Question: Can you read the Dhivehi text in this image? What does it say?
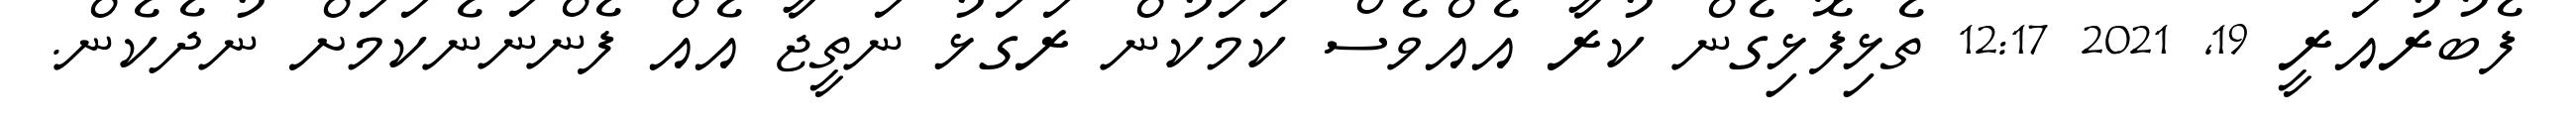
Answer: ފެބުރުއަރީ 19, 2021 12:17 ތެޅިފޮޅިގެން ކުރާ އެއްވެސް ކަމަކުން ރަގަޅު ނަތީޖާ އެއް ފެންނަނެކަމަށް ނުދެކެން.